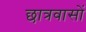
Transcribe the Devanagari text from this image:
छात्रवासों